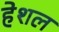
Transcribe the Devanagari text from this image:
हेशल